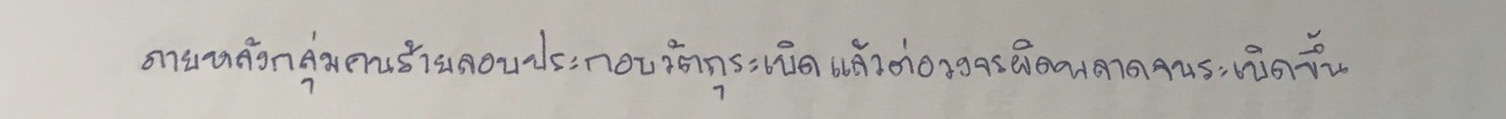
ภายหลังกลุ่มคนร้ายลอบประกอบวัตถุระเบิดแล้วต่อวงจรผิดพลาดจนระเบิดขึ้น